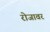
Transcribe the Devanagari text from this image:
रोजावर